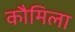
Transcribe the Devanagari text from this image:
कौमिला